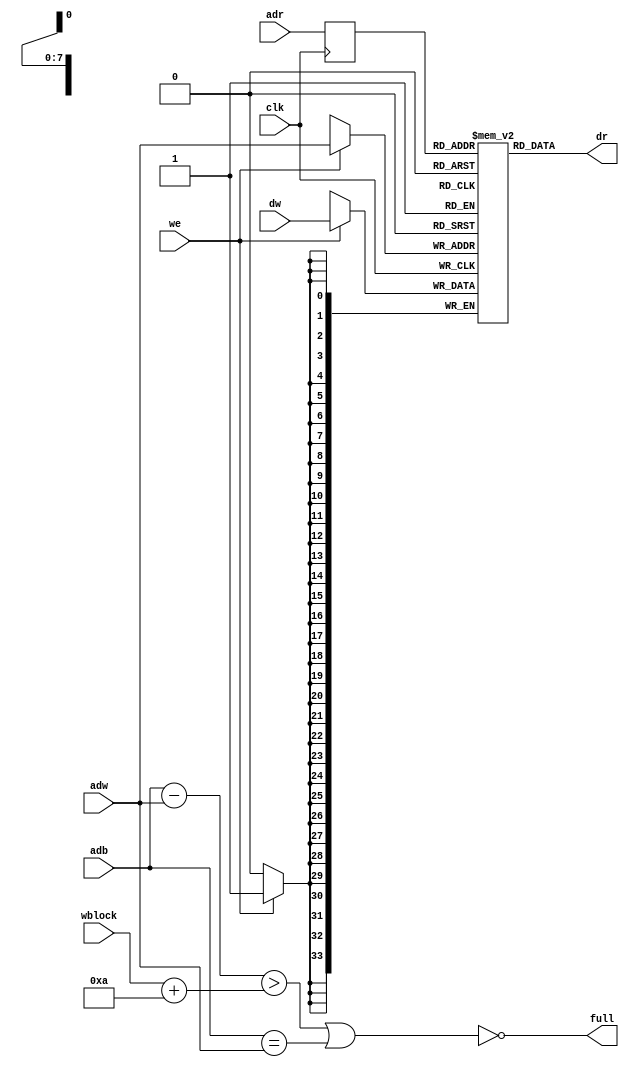
// This  Verilog HDL  source  file was  automatically generated
// by C++ model based on VPP library. Modification of this file
// is possible, but if you want to keep it in sync with the C++
// model,  please  modify  the model and re-generate this file.
// VPP library web-page: http://www.phys.ufl.edu/~madorsky/vpp/

// Timestamp : Mon Aug  6 09:15:21 2012

module best_memory
(
    adw,
    adr,
    adb,
    dw,
    dr,
    we,
    wblock,
    full,
    clk
);

    input [7:0] adw;
    input [7:0] adr;
    input [7:0] adb;
    input [33:0] dw;
    output [33:0] dr;
    input we;
    input [7:0] wblock;
    output full;
    input clk;

    reg [7:0] adrr;
    reg [33:0] mem [255:0];
    // synthesis attribute ram_style of mem is block
    wire [7:0] diff;
    assign diff = adb - adw;
    assign full = !((diff > (wblock + 10)) || (adb == adw));
    always @(posedge clk) 
    begin
        if (we) mem[adw] = dw;
        adrr = adr;
    end
    assign dr = mem[adrr];
endmodule